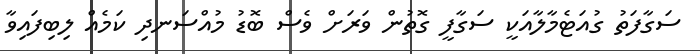
ސަގާފަތު ގުއަޓެމާލާއަކީ ސަގާފީ ގޮތުން ވަރަށް ވެސް ބޮޑު މުއްސަނދި ކަމެއް ލިބިފައިވާ